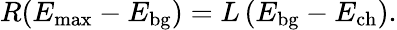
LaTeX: R(E_{\mathrm{max}}-E_{\mathrm{bg}})=L\left(E_{\mathrm{bg}}-E_{\mathrm{ch}}\right).